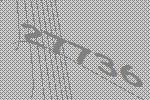
27736